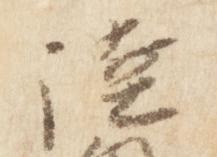
陸